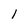
Character: I